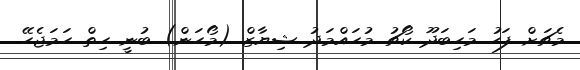
މެޗަށް ފަހު މަހިބަދޫ ކޯޗު މުހައްމަދު ޝިޔާޒް (މޯހަން) ބުނީ ހިތް ހަމަޖެހޭ